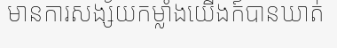
មានការសង្ស័យកម្លាំងយើងក៍បានឃាត់